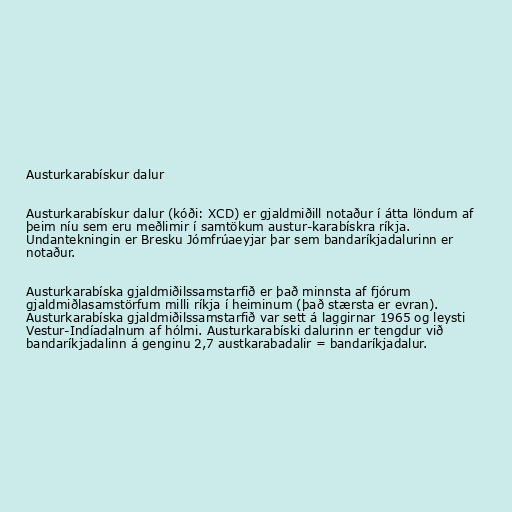
Austurkarabískur dalur

Austurkarabískur dalur (kóði: XCD) er gjaldmiðill notaður í átta löndum af
þeim níu sem eru meðlimir í samtökum austur-karabískra ríkja.
Undantekningin er Bresku Jómfrúaeyjar þar sem bandaríkjadalurinn er
notaður.

Austurkarabíska gjaldmiðilssamstarfið er það minnsta af fjórum
gjaldmiðlasamstörfum milli ríkja í heiminum (það stærsta er evran).
Austurkarabíska gjaldmiðilssamstarfið var sett á laggirnar 1965 og leysti
Vestur-Indíadalnum af hólmi. Austurkarabíski dalurinn er tengdur við
bandaríkjadalinn á genginu 2,7 austkarabadalir = bandaríkjadalur.